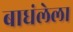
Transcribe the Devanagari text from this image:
बाधंलेला